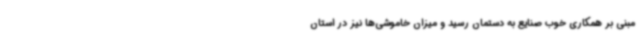
مبنی بر همکاری خوب صنایع به دستمان رسید و میزان خاموشی‌ها نیز در استان